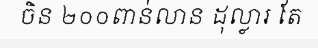
ចិន ២០០ពាន់លាន ដុល្លារ តែ